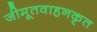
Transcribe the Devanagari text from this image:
जीमूतवाहनकृत